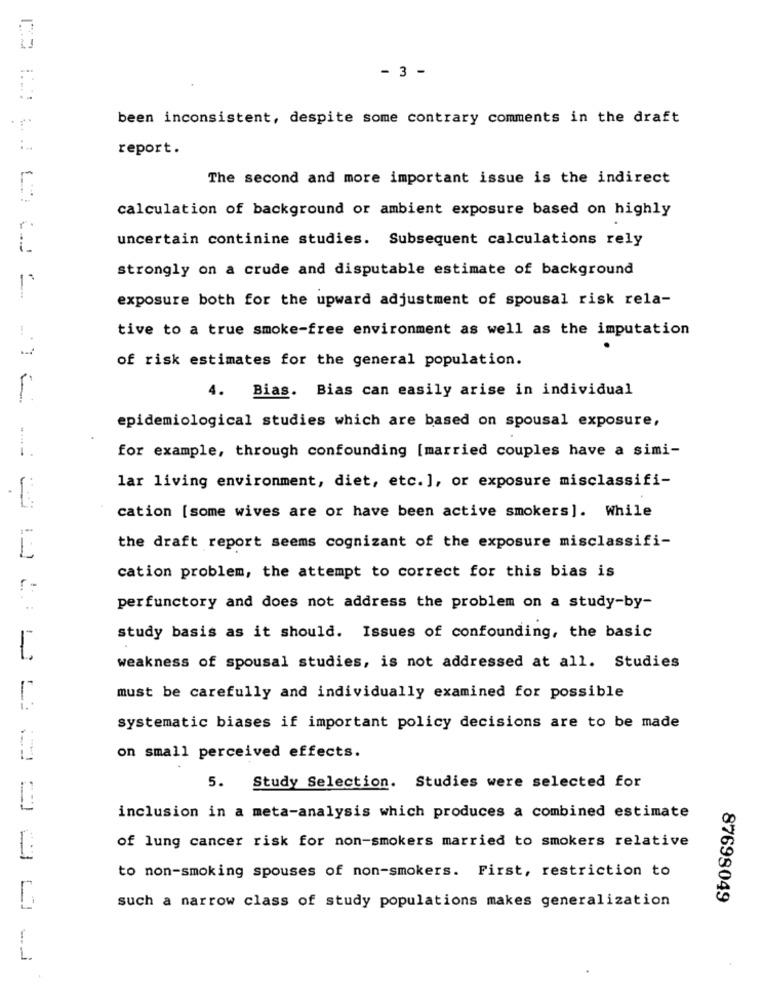
- 3 -
been inconsistent, despite some contrary comments in the draft
report.
The second and more important issue is the indirect
calculation of background or ambient exposure based on highly
r
uncertain continine studies. Subsequent calculations rely
1.
strongly on a crude and disputable estimate of background
1.
exposure both for the upward adjustment of spousal risk rela-
!
tive to a true smoke-free environment as well as the imputation
of risk estimates for the general population.
4.
Bias. Bias can easily arise in individual
epidemiological studies which are based on spousal exposure,
for example, through confounding [married couples have a simi-
lar living environment, diet, etc. ], or exposure misclassifi-
cation [some wives are or have been active smokers]. While
the draft report seems cognizant of the exposure misclassifi-
L
cation problem, the attempt to correct for this bias is
... :
perfunctory and does not address the problem on a study-by-
study basis as it should. Issues of confounding, the basic
L
weakness of spousal studies, is not addressed at all. Studies
must be carefully and individually examined for possible
systematic biases if important policy decisions are to be made
on small perceived effects.
5.
Study Selection. Studies were selected for
inclusion in a meta-analysis which produces a combined estimate
of lung cancer risk for non-smokers married to smokers relative
to non-smoking spouses of non-smokers. First, restriction to
such a narrow class of study populations makes generalization
87698049
L.